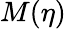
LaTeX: M(\eta)